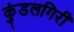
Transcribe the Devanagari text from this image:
कुंडलगिरी